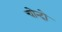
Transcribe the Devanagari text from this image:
चोन्दो